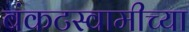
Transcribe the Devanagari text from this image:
बंकटस्वामीच्या